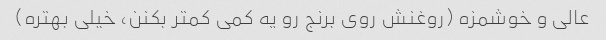
عالی و خوشمزه (روغنش روی برنج رو یه کمی کمتر بکنن، خیلی بهتره)